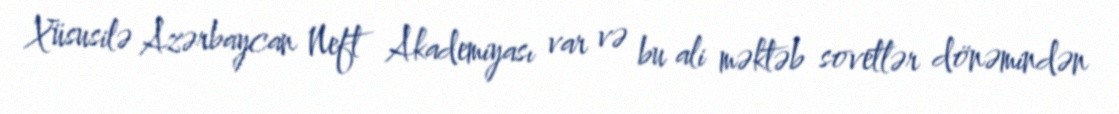
Xüsusilə Azərbaycan Neft Akademiyası var və bu ali məktəb sovetlər dönəmindən